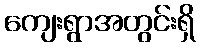
ကျေးရွာအတွင်းရှိ